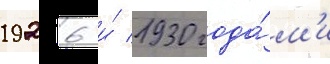
1926 и́ 1930 года́м'и